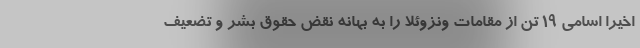
اخیرا اسامی ۱۹ تن از مقامات ونزوئلا را به بهانه نقض حقوق بشر و تضعیف